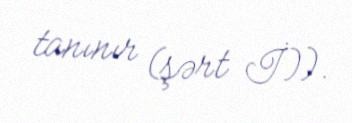
tanınır (şərt İ)).